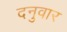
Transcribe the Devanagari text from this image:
दनुवार